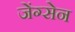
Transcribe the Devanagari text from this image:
जेंग्सेन